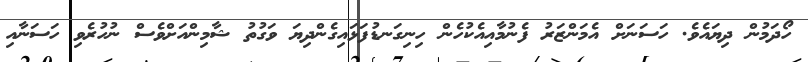
ހޯދަމުން ދިޔައެވެ. ހަސަނަށް އެމަންޒަރު ފެނުމާއިއެކުހެން ހިނިގަނޑުފަޅައިގެންދިޔަ ވަގުތު ޝާމިންއަށްވެސް ނުހުރެވި ހަސަނާއި